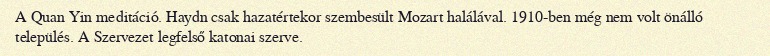
A Quan Yin meditáció. Haydn csak hazatértekor szembesült Mozart halálával. 1910-ben még nem volt önálló település. A Szervezet legfelső katonai szerve.